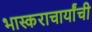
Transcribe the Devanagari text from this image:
भास्कराचार्यांची